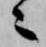
々